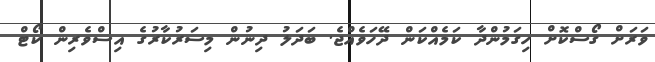
ވަރަށް ގޯސްކޮށް ހިގަމުންދާ ކަމެއްކަން ދޭހަވެއްޖެ. ބަދަލު ދިނުން މިސަރުކާރުގެ އިސްވެރިން ކޯޓް